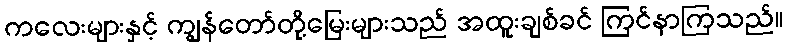
ကလေးများနှင့် ကျွန်တော်တို့မြေးများသည် အထူးချစ်ခင် ကြင်နာကြသည်။